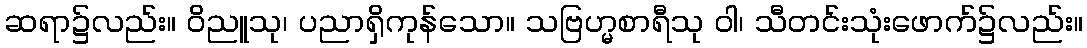
ဆရာ၌လည်း။ ဝိညူသု၊ ပညာရှိကုန်သော။ သဗြဟ္မစာရီသု ဝါ၊ သီတင်းသုံးဖောက်၌လည်း။